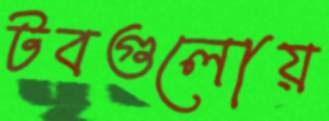
টবগুলোয়